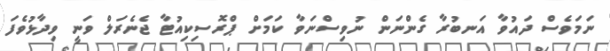
ނަމަވެސް ދައުވާ އަނބުރާ ގެންނަން ނުވިސްނަވާ ކަމަށް ޕްރޮސިކިއުޓާ ޖެނެރަލް ވަނީ ވިދާޅުވެފަ